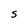
Character: S